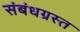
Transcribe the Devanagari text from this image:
संबंधग्रस्त